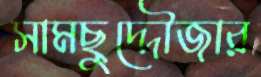
সামছুদ্দৌজার